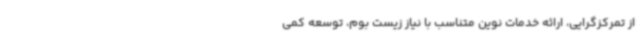
از تمرکزگرایی، ارائه خدمات نوین متناسب با نیاز زیست بوم، توسعه کمی